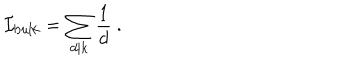
LaTeX: { \cal I } _ { \mathrm { b u l k } } = \sum _ { d | k } \frac { 1 } { d } \ .